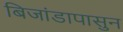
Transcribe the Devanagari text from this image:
बिजांडापासुन